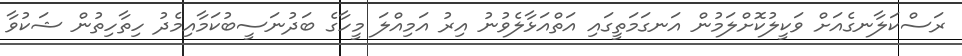
ރަސްކަލާނގެއަށް ވަކީލުކޮށްލަމުން އަނގަމަތީގައި އަތްއަޅާލެވުނު އިރު އަމިއްލަ މީހާގެ ބަދުނަސީބުކަމާއިމެދު ހިތާހިތުން ޝަކުވާ